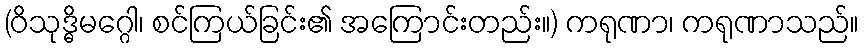
(ဝိသုဒ္ဓိမဂ္ဂေါ၊ စင်ကြယ်ခြင်း၏ အကြောင်းတည်း။) ကရုဏာ၊ ကရုဏာသည်။